Scottish Certificate of Education, 1963
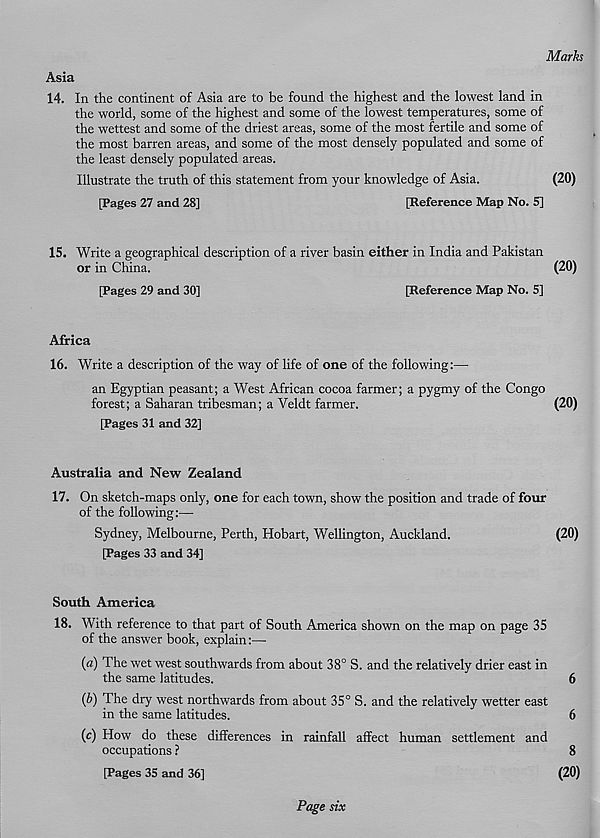
Marks
Asia
14. In the continent of Asia are to be found the highest and the lowest land in
the world, some of the highest and some of the lowest temperatures, some of
the wettest and some of the driest areas, some of the most fertile and some of
the most barren areas, and some of the most densely populated and some of
the least densely populated areas.
Illustrate the truth of this statement from your knowledge of Asia.
(20)
[Pages 27 and 28]
[Reference Map No. 5]
15. Write a geographical description of a river basin either in India and Pakistan
or in China.
(20)
[Pages 29 and 30]
[Reference Map No. 5]
Africa
16. Write a description of the way of life of one of the following:—
an Egyptian peasant; a West African cocoa farmer; a pygmy of the Congo
forest; a Saharan tribesman; a Veldt farmer.
(20)
[Pages 31 and 32]
Australia and New Zealand
17. On sketch-maps only, one for each town, show the position and trade of four
of the following:—
Sydney, Melbourne, Perth, Hobart, Wellington, Auckland.
(20)
[Pages 33 and 34]
South America
18. With reference to that part of South America shown on the map on page 35
of the answer book, explain:—■
(a) The wet west southwards from about 38° S. and the relatively drier east in
the same latitudes.
6
(b) The dry west northwards from about 35° S. and the relatively wetter east
in the same latitudes.
6
(c) How do these differences in rainfall affect human settlement and
occupations ?
8
[Pages 35 and 36]
(20)
Page six